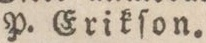
P. Erikſon.